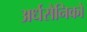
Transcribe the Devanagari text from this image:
अर्धसैनिकों